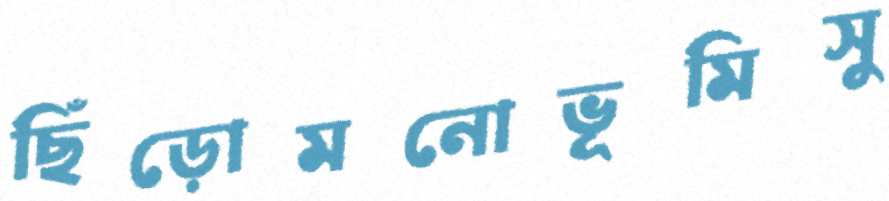
ছিঁড়োমনোভূমিসু